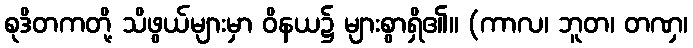
စုဒိတကတို့ သိဖွယ်များမှာ ဝိနယ၌ များစွာရှိ၏။ (ကာလ၊ ဘူတ၊ တဏှ၊